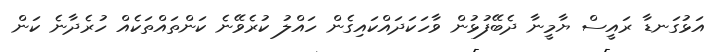
އަޅުގަނޑާ ރައީސް ޔާމީނާ ދެބޭފުޅުން ވާހަކަދައްކައިގެން ހައްލު ކުރެވޭނެ ކަންތައްތަކެއް ހުރެދާނެ ކަން